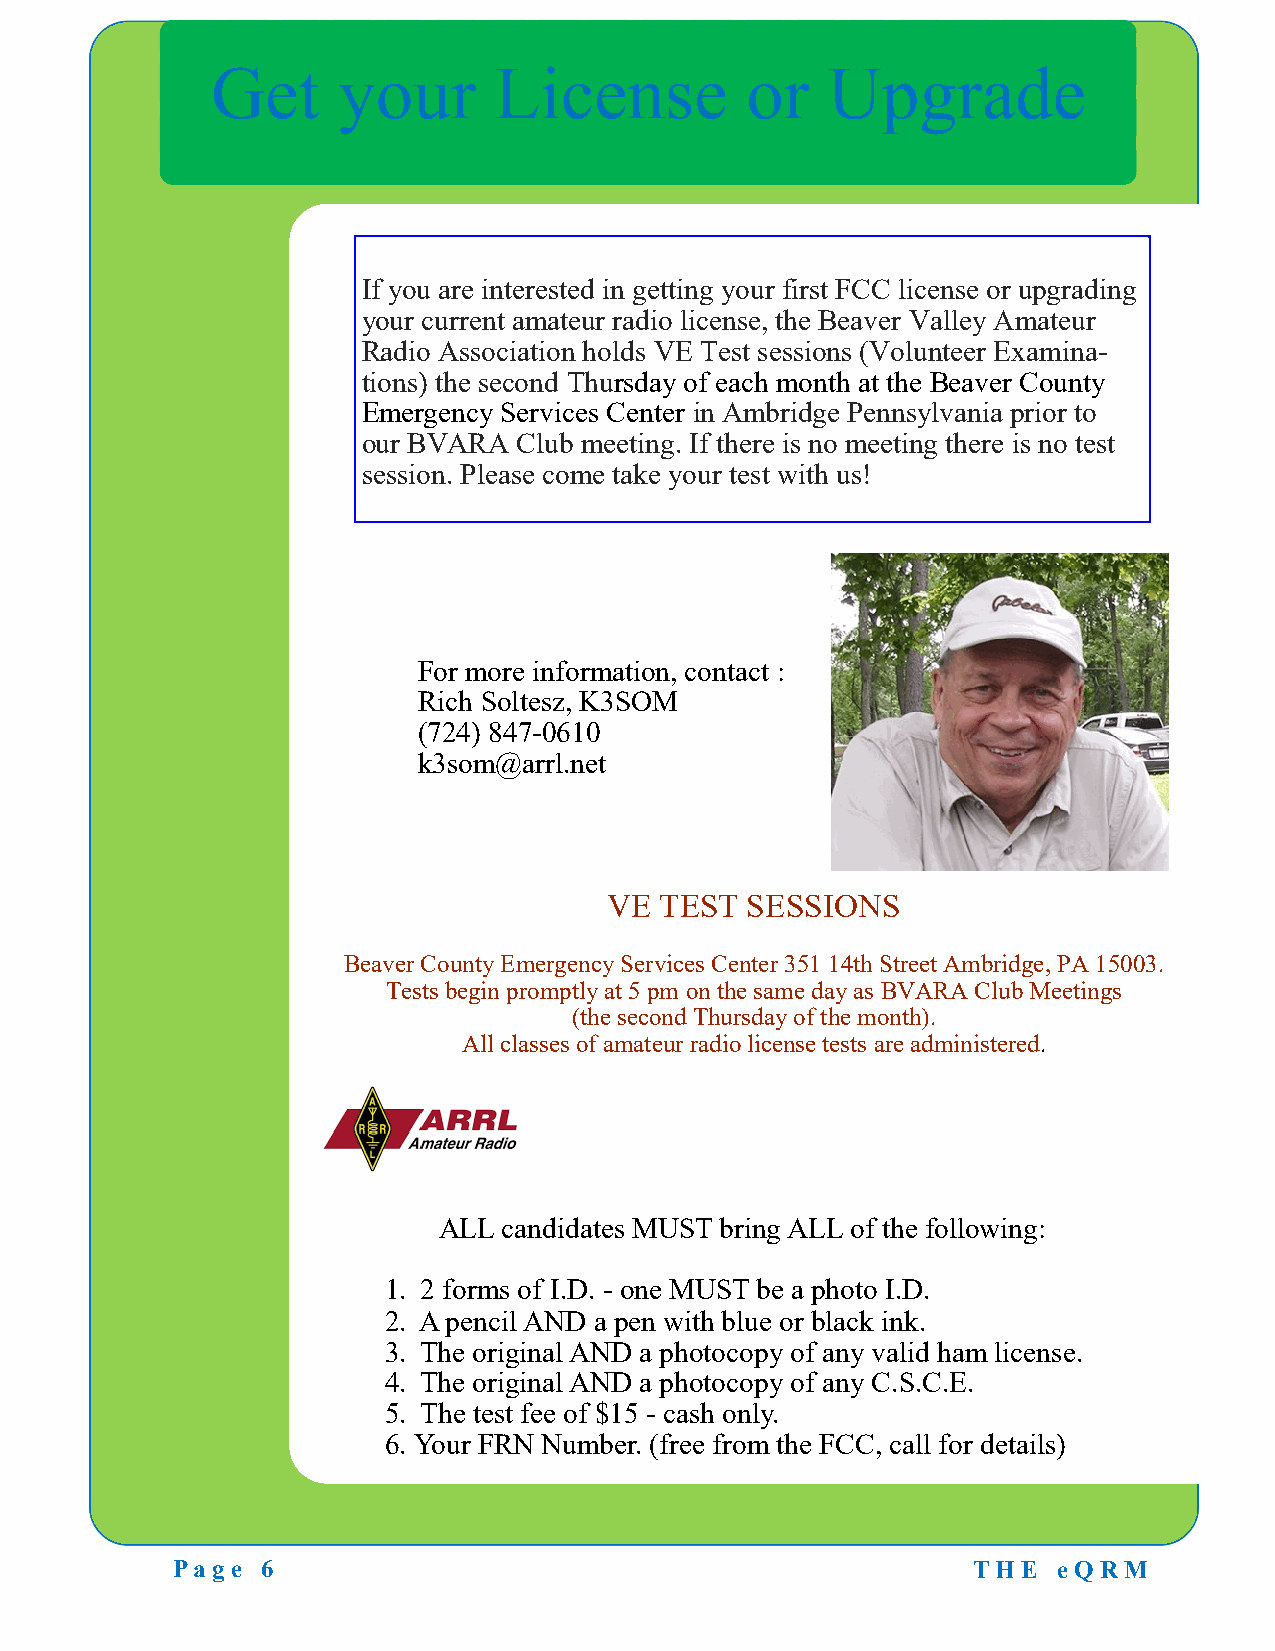
Get     your       License         or    Upgrade
 If you are interested in getting your first FCC license or upgrading
 your current amateur radio license, the Beaver Valley Amateur
 Radio Association holds VE Test sessions (Volunteer Examina-
 tions) the second Thursday of each month at the Beaver County
 Emergency Services Center in Ambridge Pennsylvania prior to
 our BVARA Club meeting. If there is no meeting there is no test
 session. Please come take your test with us!
 For more information, contact :
 Rich Soltesz, K3SOM
 (724) 847-0610
 k3som@arrl.net
 VE  TEST SESSIONS
 Beaver County Emergency Services Center 351 14th Street Ambridge, PA 15003.
 Tests begin promptly at 5 pm on the same day as BVARA Club Meetings
 (the second Thursday of the month).
 All classes of amateur radio license tests are administered.
 ALL candidates MUST bring ALL of the following:
 1. 2 forms of I.D. - one MUST be a photo I.D.
 2. A pencil AND a pen with blue or black ink.
 3. The original AND a photocopy of any valid ham license.
 4. The original AND a photocopy of any C.S.C.E.
 5. The test fee of $15 - cash only.
 6. Your FRN Number. (free from the FCC, call for details)
 Page  6                                              T H E eQ RM